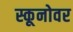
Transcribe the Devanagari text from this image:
स्कूनोवर